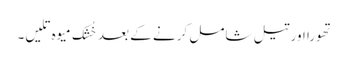
تھورا اور تیل شامل کرنے کے بعد خُشک میوہ تلیں۔